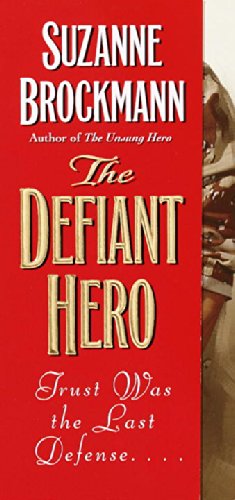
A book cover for The Defiant Hero (Troubleshooters, Book 2); Suzanne Brockmann; Romance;